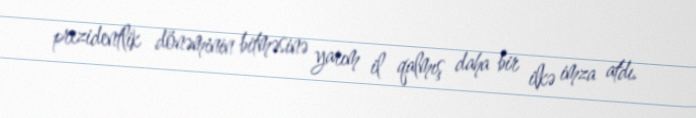
prezidentlik dönəminin bitməsinə yarım il qalmış daha bir ilkə imza atdı.